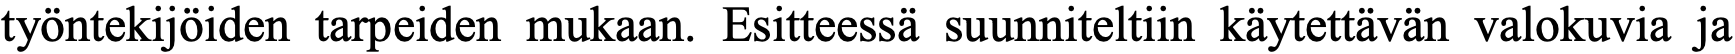
työntekijöiden tarpeiden mukaan. Esitteessä suunniteltiin käytettävän valokuvia ja